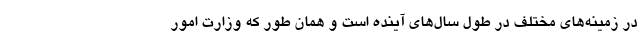
در زمینه‌های مختلف در طول سال‌های آینده است و همان طور که وزارت امور